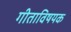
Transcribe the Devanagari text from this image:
गीताविषयक